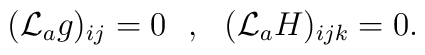
({\cal L}_a g )_{ij}=0 \ \ , \ \ ({\cal L}_a H)_{ijk} =0  .